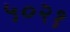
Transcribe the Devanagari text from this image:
५०२१